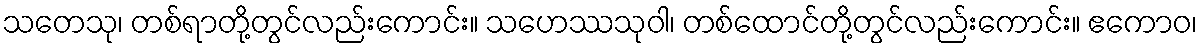
သတေသု၊ တစ်ရာတို့တွင်လည်းကောင်း။ သဟေဿသုဝါ၊ တစ်ထောင်တို့တွင်လည်းကောင်း။ ဧကောဝ၊